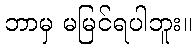
ဘာမှ မမြင်ရပါဘူး။